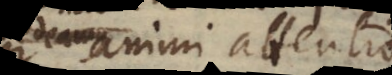
animi attentio,